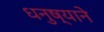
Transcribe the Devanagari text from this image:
धनुष्याने